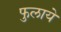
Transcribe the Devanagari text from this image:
फुलाये